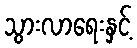
သွားလာရေးနှင့်